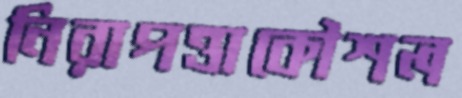
নিরাপত্তাকৌশল